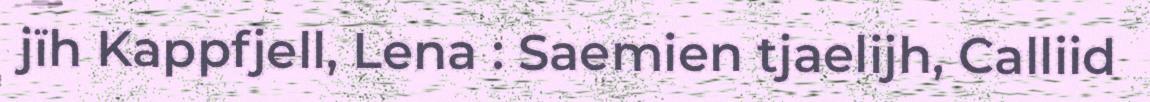
jïh Kappfjell, Lena : Saemien tjaelijh, Calliid